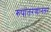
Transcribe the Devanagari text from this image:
रुपांतरणानंतर